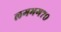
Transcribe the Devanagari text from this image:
लगभग७०